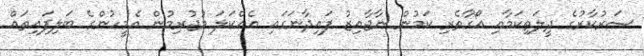
ސަރުކާރުގެ ދީލަތިިކަމާއި އޯގާތެރި ކަމުން ނާޖާއިޒު ފައިދާނަގައި އެއްކަލަ މުޖުރިމުން އެމީހުންގެ ބަލިފައިތައް